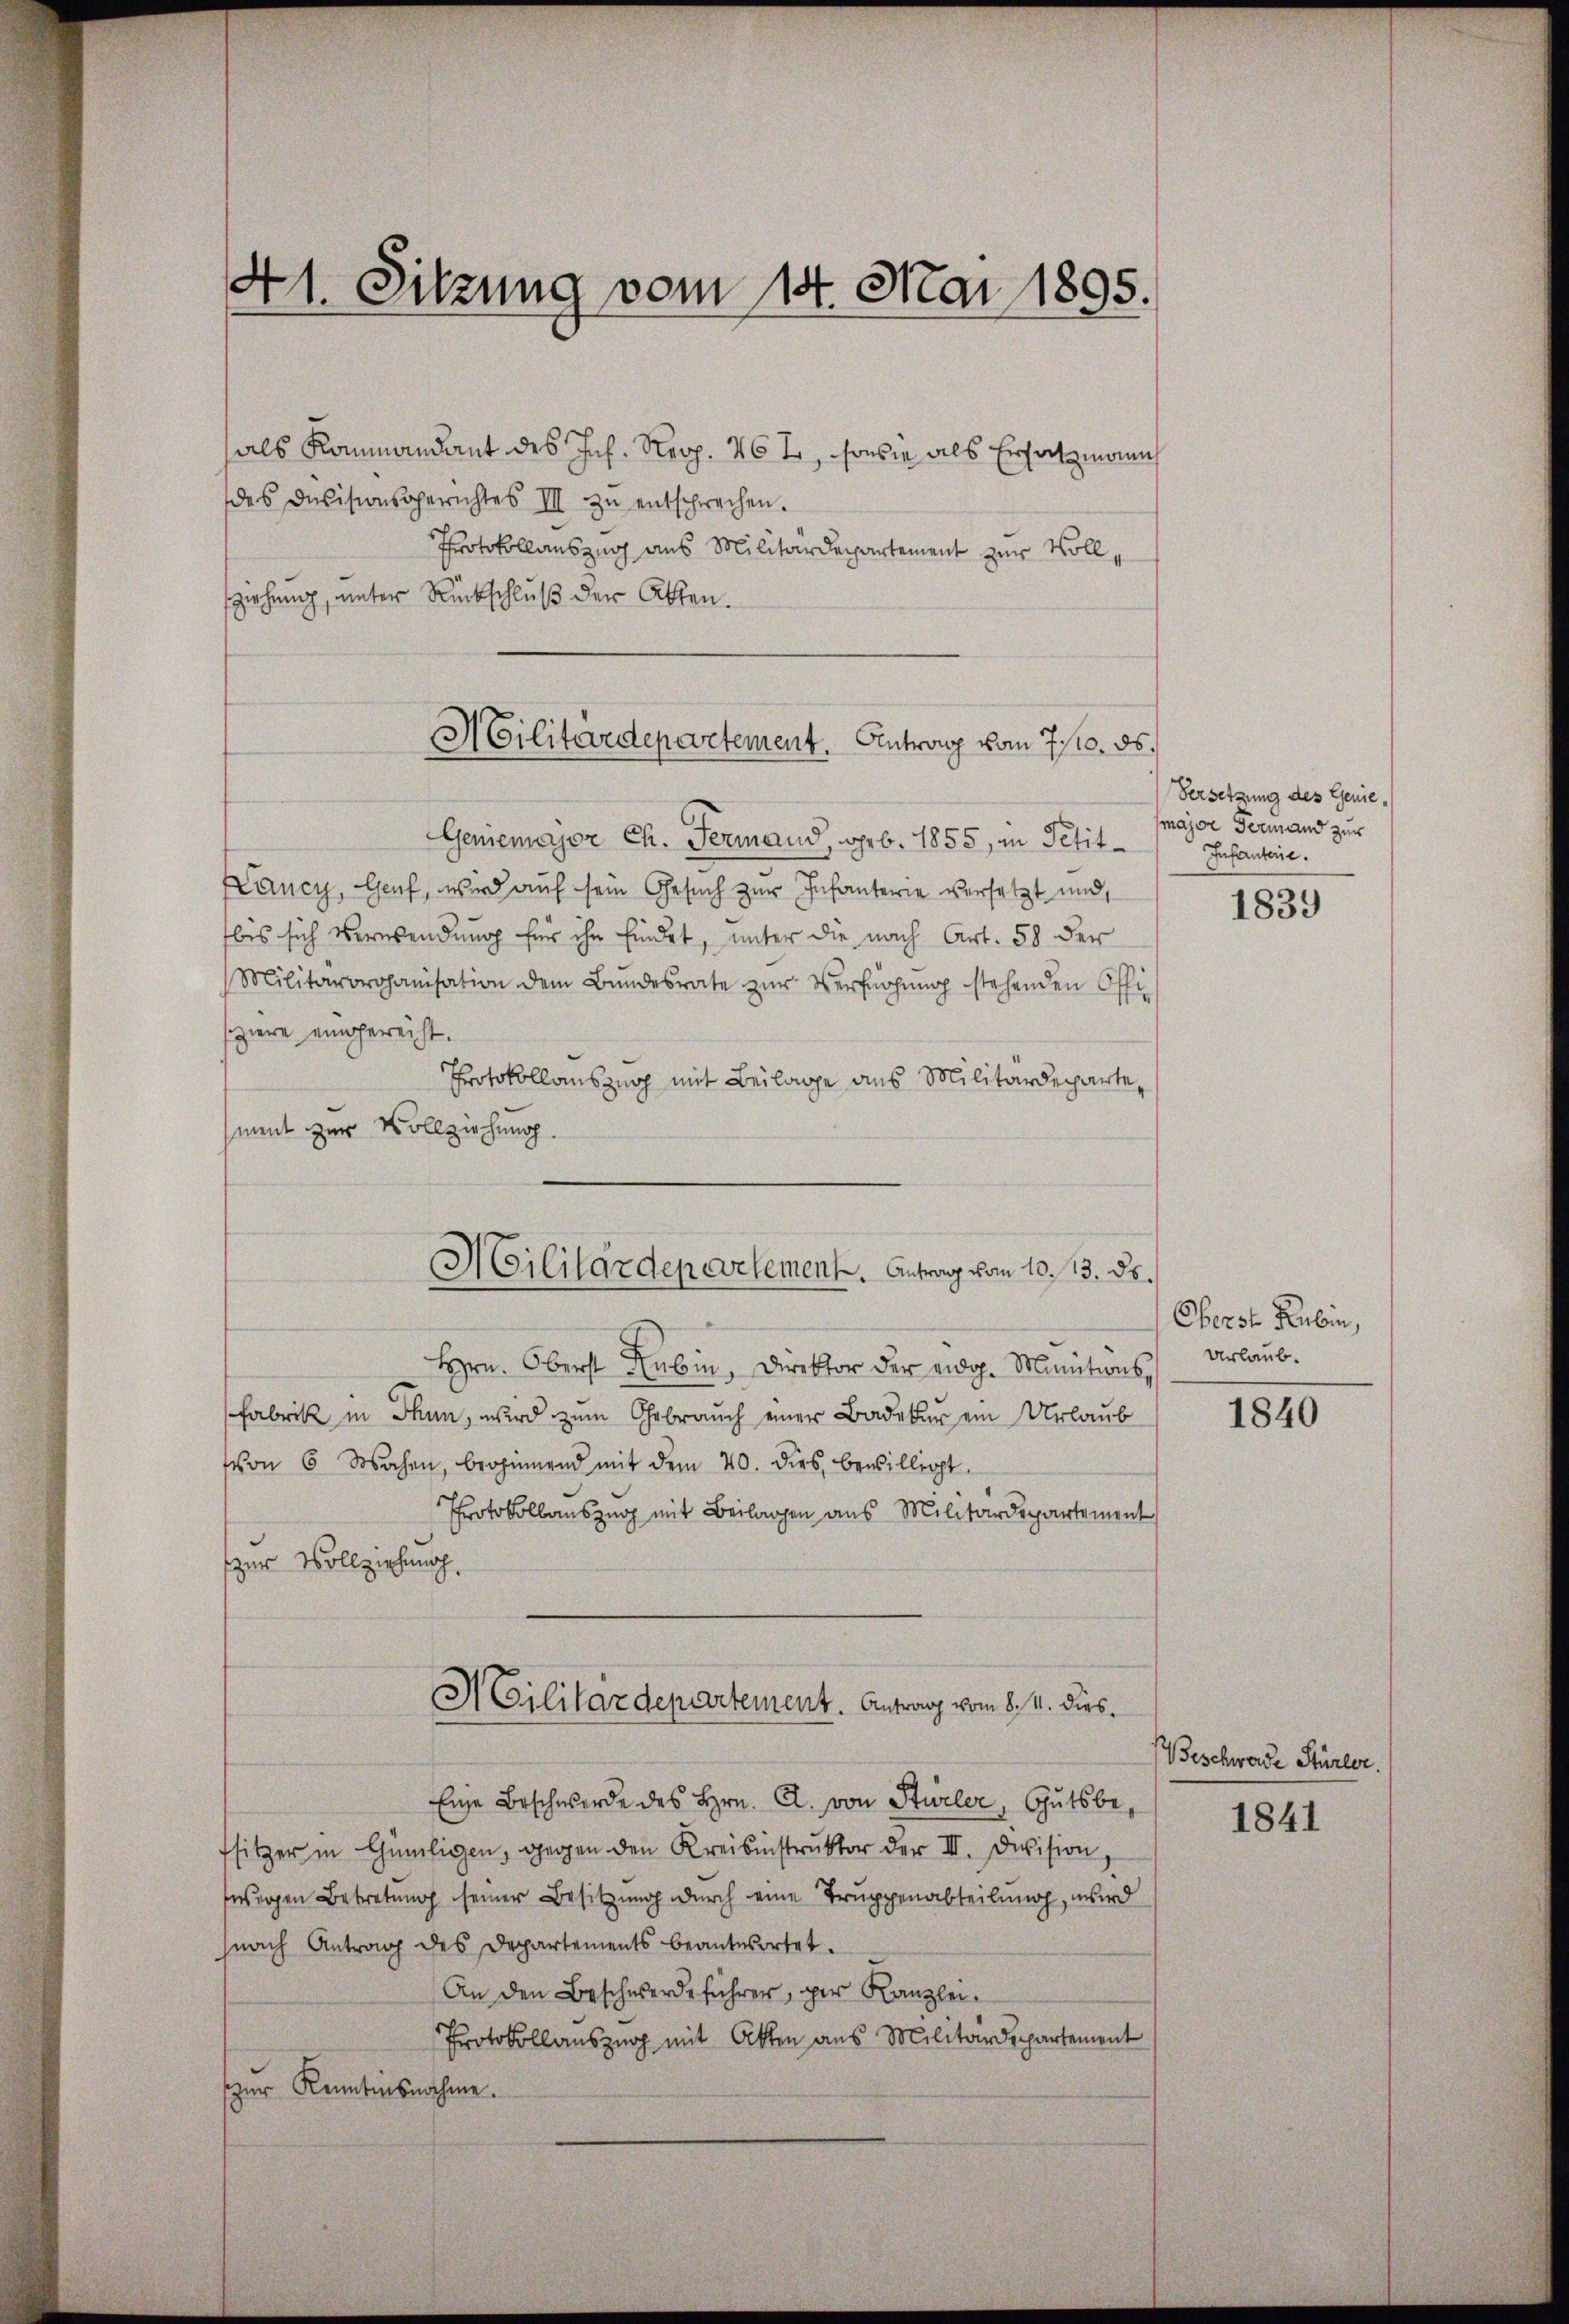
41. Sitzung vom 14. Mai 1895.

als Kommandant des Joh. Repp. 467, sowie als Ersatzmann
des Devisionsgerichtes III zu entsprechen.
Protokollauszug aus Militärdepartement zur Vollsziehung, unter Rückschluß der Akten.

Militärdepartement. Antrag vom 7./10. ds.

Geniemajor Ch. Germand, geb. 1855, in Petit-
Nancy, Genf, wird auf sein Gesuch zur Infanterie versetzt und
bis sich verwendung für ihn findet, unter die nach Art. 58 der
Militärorganisation dem Bŭndesrate zŭr Verfügŭng stehenden Offi
ziere eingereicht.
Protokollauszug mit Beilage aus Militärdepartement zur Vollziehung.
Hrn. Oberst Hubin, Direktor der eidg. Minutions¬
Fabrik in Thun, wird zum Gebrauch einer Badeker ein Urlaub
von 6 Wochen, beginnend mit dem 20. dies, bewilligt.
Protokollauszug mit Beilagen aus Militärdepartement
zur Vollziehung,
Militärdepartement. Antrag vom 8. M. dies¬
Eine Beschwerde des Hrn. A. von Stürler, Gutsbe-
sitzer in Gümligen, gegen den Kreisinstrŭktor der III. Division,
wigen Betretung seiner Besitzung durch eine Truppenabteilung, wird
nach Antrag des Departements beantwortet.
An den Beschwerdeführer, per Kanzlei-
Protokollauszug mit Akten aus Militärdepartement
zur Kenntinsnahme.

Militärdepartement. Antrag vom 10. 13. ds.

Versetzung des Geniemajor Fermand zur
Infanterie.

1839

Oberst Rubin,
Urlaub.

1840

Beschwerde Stürler.

1841